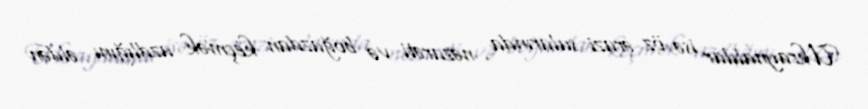
Ukraynalılar isə öz ərazi sularında nəzarəti və boğazdan keçmək azdlığını əldən